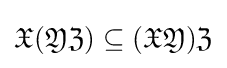
{\mathfrak {X}}({\mathfrak {Y}}{\mathfrak {Z}})\subseteq ({\mathfrak {X}}{\mathfrak {Y}}){\mathfrak {Z}}